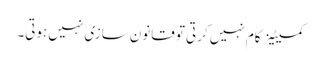
کمیٹیز کام نہیں کرتی تو قانون سازی نہیں ہوتی۔